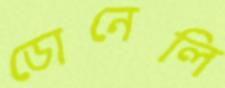
ডোনেলি